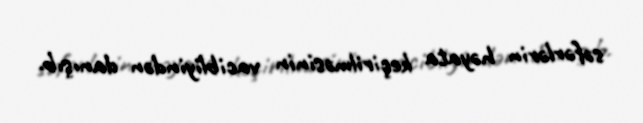
səfərlərin həyata keçirilməsinin vacibliyindən danışıb.